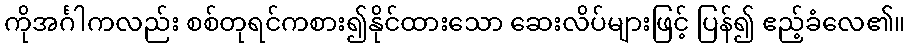
ကိုအင်္ဂါကလည်း စစ်တုရင်ကစား၍နိုင်ထားသော ဆေးလိပ်များဖြင့် ပြန်၍ ဧည့်ခံလေ၏။